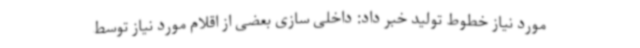
مورد نیاز خطوط تولید خبر داد: داخلی سازی بعضی از اقلام مورد نیاز توسط